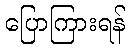
ပြောကြားရန်